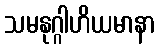
သမနုဂ္ဂါဟိယမာနာ